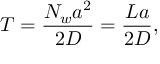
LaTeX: T = \frac { N _ { w } a ^ { 2 } } { 2 D } = \frac { L a } { 2 D } ,